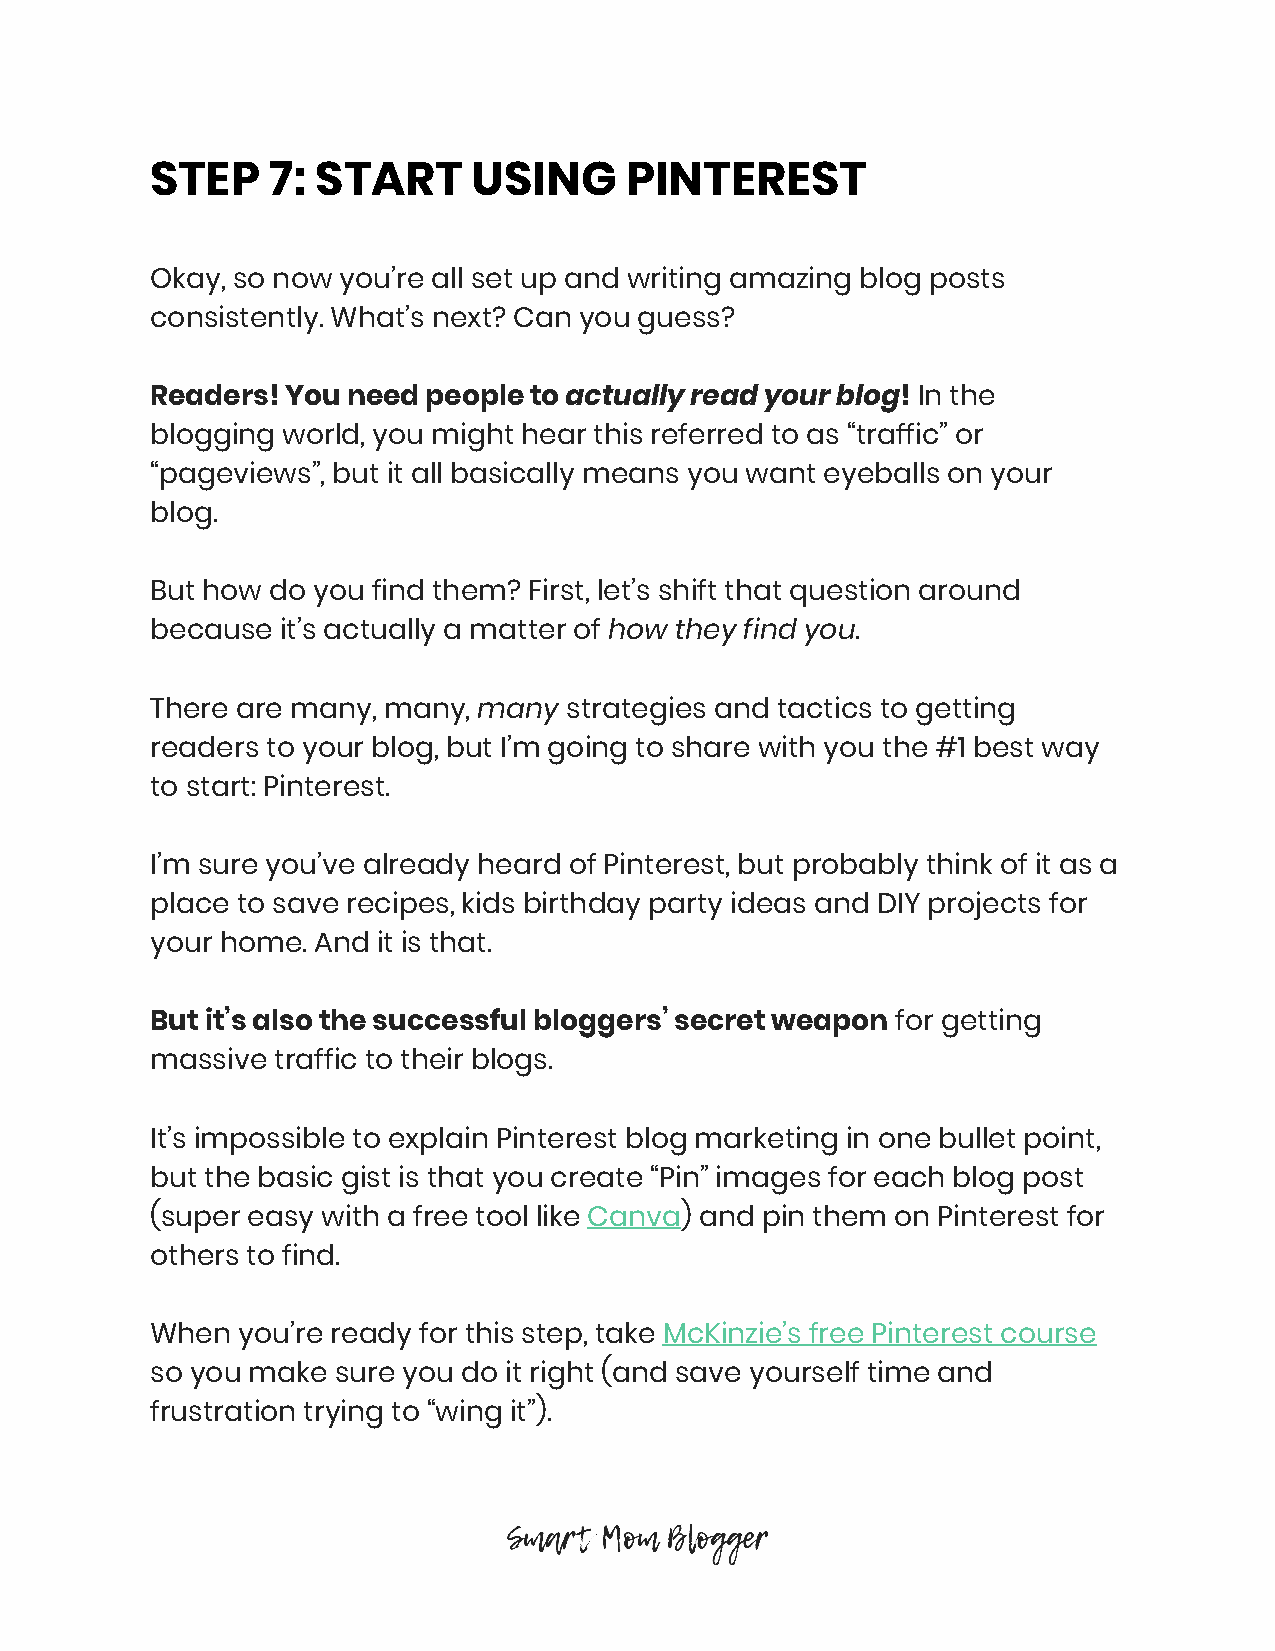
STEP    7: START     USING     PINTEREST
 Okay, so now you’re all set up and writing amazing blog posts
 consistently. What’s next? Can you guess?
 Readers! You need people to actually read your blog! In the
 ​                     ​ ​
 blogging world, you might hear this referred to as “traffic” or
 “pageviews”, but it all basically means you want eyeballs on your
 blog.
 But how do you find them? First, let’s shift that question around
 because  it’s actually a matter of how they find you.
 ​               ​
 There are many, many, many strategies and tactics to getting
 ​    ​
 readers to your blog, but I’m going to share with you the #1 best way
 to start: Pinterest.
 I’m sure you’ve already heard of Pinterest, but probably think of it as a
 place to save recipes, kids birthday party ideas and DIY projects for
 your home. And it is that.
 But it’s also the successful bloggers’ secret weapon for getting
 ​
 massive traffic to their blogs.
 It’s impossible to explain Pinterest blog marketing in one bullet point,
 but the basic gist is that you create “Pin” images for each blog post
 (super easy with a free tool like Canva) and pin them on Pinterest for
 ​     ​
 others to find.
 When  you’re ready for this step, take McKinzie’s free Pinterest course
 ​
 so you make sure you do it right (and save yourself time and
 frustration trying to “wing it”).